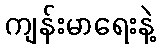
ကျန်းမာရေးနဲ့